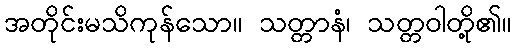
အတိုင်းမသိကုန်သော။ သတ္တာနံ၊ သတ္တဝါတို့၏။